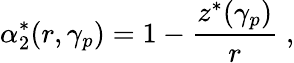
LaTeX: \alpha_{2}^{*}(r,\gamma_{p})=1-\frac{z^{*}(\gamma_{p})}{r}\; ,